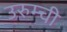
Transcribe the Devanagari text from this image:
उरुम्ची